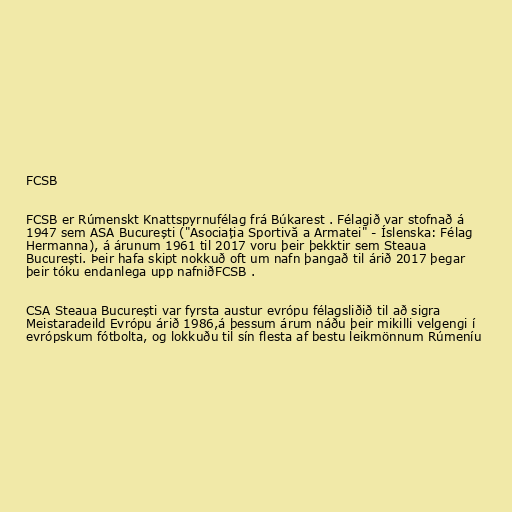
FCSB

FCSB er Rúmenskt Knattspyrnufélag frá Búkarest . Félagið var stofnað á
1947 sem ASA București ("Asociația Sportivă a Armatei" - Íslenska: Félag
Hermanna), á árunum 1961 til 2017 voru þeir þekktir sem Steaua
București. Þeir hafa skipt nokkuð oft um nafn þangað til árið 2017 þegar
þeir tóku endanlega upp nafniðFCSB .

CSA Steaua București var fyrsta austur evrópu félagsliðið til að sigra
Meistaradeild Evrópu árið 1986,á þessum árum náðu þeir mikilli velgengi í
evrópskum fótbolta, og lokkuðu til sín flesta af bestu leikmönnum Rúmeníu